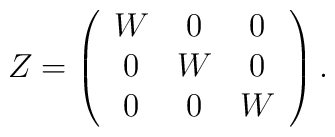
Z=\left(\begin{array}{ccc}W&0&0\\0&W&0\\0&0&W\end{array}\right).